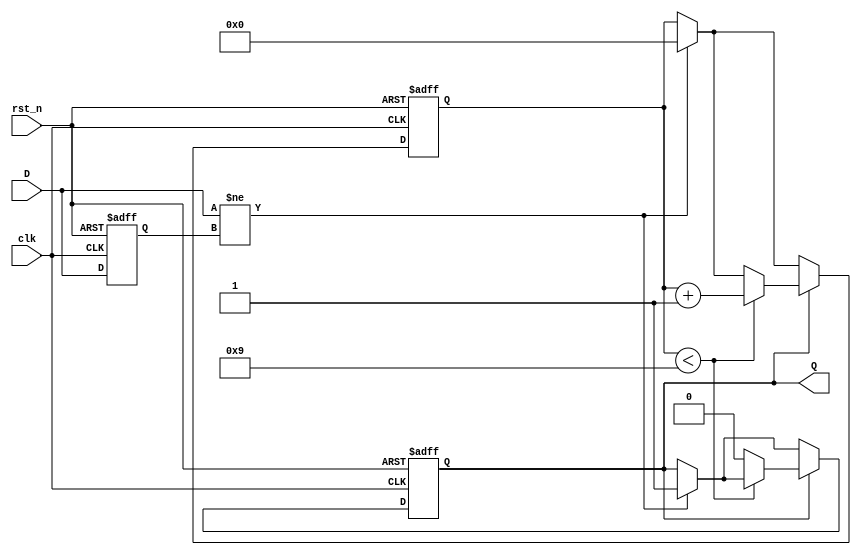
module MonostableEdgeDetector (
    input wire clk,          // Clock input
    input wire rst_n,       // Active low reset
    input wire D,           // Input signal to be monitored
    output reg Q            // Output pulse signal
);

    // Parameters
    parameter PULSE_WIDTH = 10; // Pulse width in clock cycles

    // Internal signals
    reg D_prev;               // Previous state of the input signal
    reg [3:0] pulse_counter;  // Counter for pulse width

    // Edge detection and pulse generation
    always @(posedge clk or negedge rst_n) begin
        if (!rst_n) begin
            D_prev <= 1'b0;    // Initialize previous state
            Q <= 1'b0;         // Initialize output pulse
            pulse_counter <= 4'b0; // Initialize pulse counter
        end else begin
            // Edge detection logic
            if (D != D_prev) begin
                // Edge detected, start pulse generation
                Q <= 1'b1;       // Activate output pulse
                pulse_counter <= 4'b0; // Reset pulse counter
            end
            
            // Pulse width control
            if (Q) begin
                if (pulse_counter < PULSE_WIDTH - 1) begin
                    pulse_counter <= pulse_counter + 1; // Increment counter
                end else begin
                    Q <= 1'b0; // Deactivate output pulse after specified width
                end
            end
            
            // Update previous state
            D_prev <= D; // Store current state for next cycle
        end
    end

endmodule